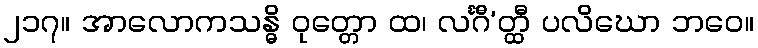
၂၁၇။ အာလောကသန္ဓိ ဝုတ္တော ထ၊ လင်္ဂီ’တ္ထီ ပလိဃော ဘဝေ။